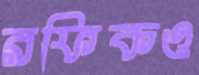
রফিকও